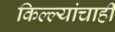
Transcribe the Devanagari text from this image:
किल्ल्यांचाही